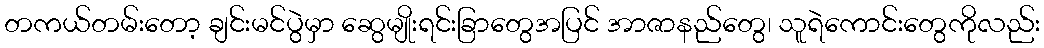
တကယ်တမ်းတော့ ချင်းမင်ပွဲမှာ ဆွေမျိုးရင်းခြာတွေအပြင် အာဇာနည်တွေ၊ သူရဲကောင်းတွေကိုလည်း